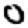
Digit: 0